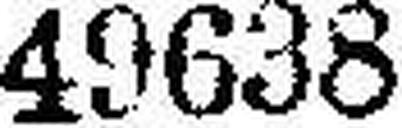
49638